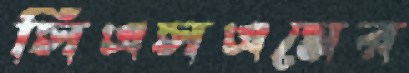
সিএসএমের